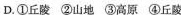
D.①丘陵②山地③高原④丘陵